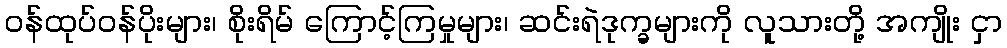
ဝန်ထုပ်ဝန်ပိုးများ၊ စိုးရိမ် ကြောင့်ကြမှုများ၊ ဆင်းရဲဒုက္ခများကို လူသားတို့ အကျိုး ငှာ